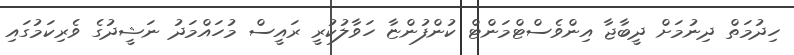
ހިދުމަތް ދިނުމަށް ދީބާޖާ އިންވެސްޓްމަންޓް ކުންފުންޏާ ހަވާލުކުރީ ރައީސް މުހައްމަދު ނަޝީދުގެ ވެރިކަމުގައި